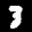
Label: 3